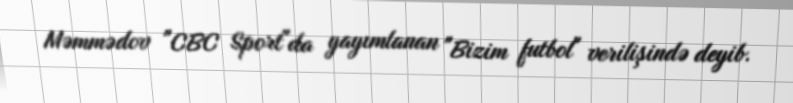
Məmmədov "CBC Sport"da yayımlanan "Bizim futbol" verilişində deyib.